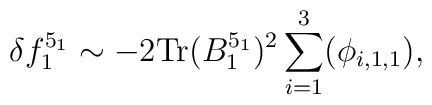
\delta f_1^{5_1} \sim -2 \mbox{Tr}(B_{1}^{5_1})^2 \sum_{i=1}^3 (\phi_{i,1,1}),